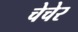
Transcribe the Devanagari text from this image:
चेचेर